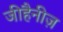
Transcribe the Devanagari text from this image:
जीहैनीज़